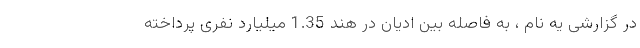
در گزارشی یه نام ، به فاصله بین ادیان در هند 1.35 میلیارد نفری پرداخته